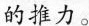
的推力。